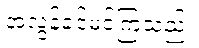
အလွန်ခင်မင်ကြသည်။